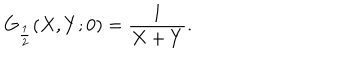
G _ { \frac { 1 } { 2 } } ( X , Y ; 0 ) = \frac { 1 } { X + Y } .